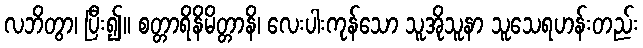
လဘိတွာ၊ ပြီး၍။ စတ္တာရိနိမိတ္တာနိ၊ လေးပါးကုန်သော သူအိုသူနာ သူသေရဟန်းတည်း